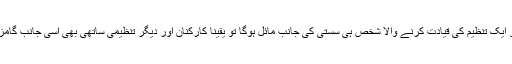
کیونکہ اگر ایک تنظیم کی قیادت کرنے والا شخص ہی سستی کی جانب مائل ہوگا تو یقیناً کارکنان اور دیگر تنظیمی ساتھی بھی اسی جانب گامزن ہونگے۔